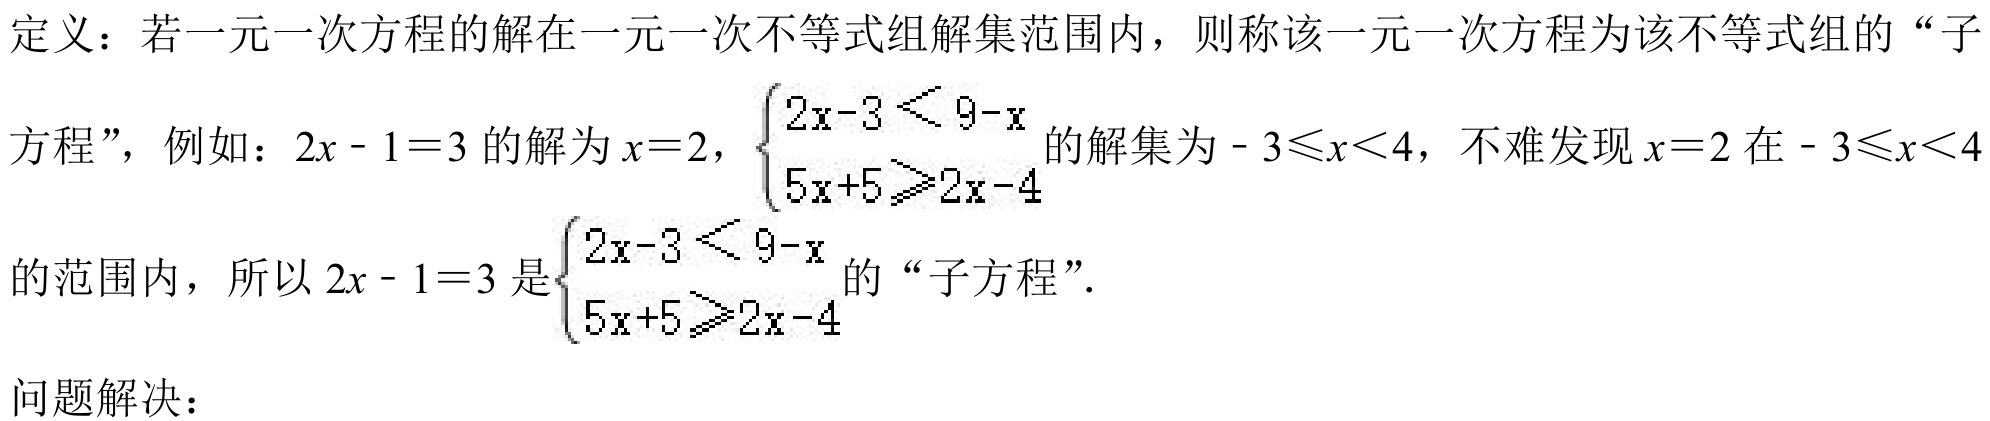
定义：若一元一次方程的解在一元一次不等式组解集范围内，则称该一元一次方程为该不等式组的“子方程”，例如：\(2x - 1 = 3\)的解为\(x = 2\)，\(\begin{cases}2x - 3 < 9 - x \\5x + 5\geqslant2x - 4\end{cases}\)的解集为\(- 3\leqslant x<4\)，不难发现\(x = 2\)在\(- 3\leqslant x<4\)的范围内，所以\(2x - 1 = 3\)是\(\begin{cases}2x - 3 < 9 - x \\5x + 5\geqslant2x - 4\end{cases}\)的“子方程”.
问题解决：